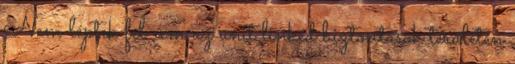
Nem léptek fel sem az unit linked biztosítások területén